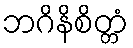
ဘဂိနိစိတ္တံ